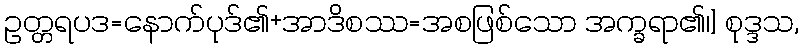
ဥတ္တရပဒ=နောက်ပုဒ်၏+အာဒိစဿ=အစဖြစ်သော အက္ခရာ၏၊] စုဒ္ဒသ,